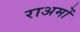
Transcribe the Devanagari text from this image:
राअमों